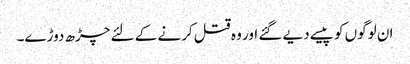
ان لوگوں کو پیسے دیے گئے اور وہ قتل کرنے کے لئے چڑھ دوڑے۔